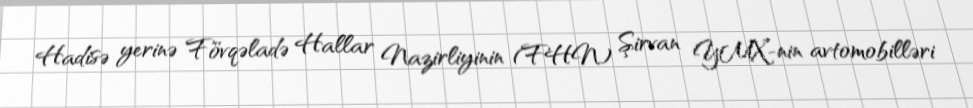
Hadisə yerinə Fövqəladə Hallar Nazirliyinin (FHN) Şirvan YMX-nin avtomobilləri